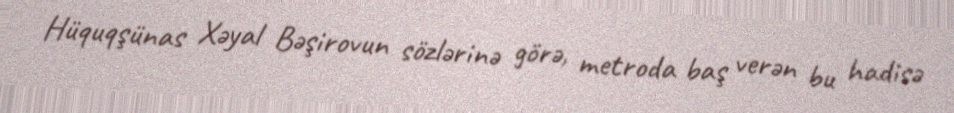
Hüquqşünas Xəyal Bəşirovun sözlərinə görə, metroda baş verən bu hadisə